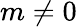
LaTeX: m\neq 0